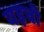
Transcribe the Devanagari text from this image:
यइची